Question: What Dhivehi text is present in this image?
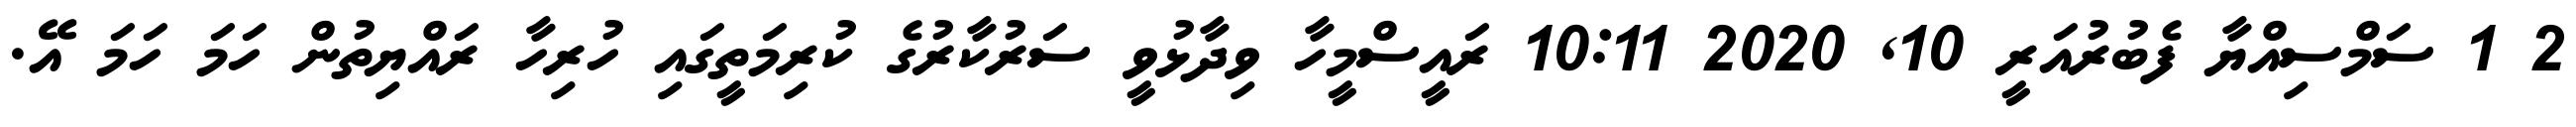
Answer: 2 1 ސަމްސިއްޔާ ފެބުރުއަރީ 10, 2020 10:11 ރައީސްމީހާ ވިދާޅުވީ ސަރުކާރުގެ ކުރިމަތީގައި ހުރިހާ ރައްޔިތުން ހަމަ ހަމަ އޭ.